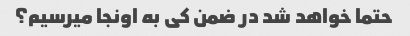
حتما خواهد شد در ضمن کی به اونجا میرسیم؟